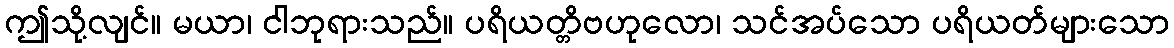
ဤသို့လျင်။ မယာ၊ ငါဘုရားသည်။ ပရိယတ္တိဗဟုလော၊ သင်အပ်သော ပရိယတ်များသော